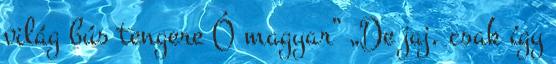
világ bús tengere Ó magyar” „De jaj, csak így